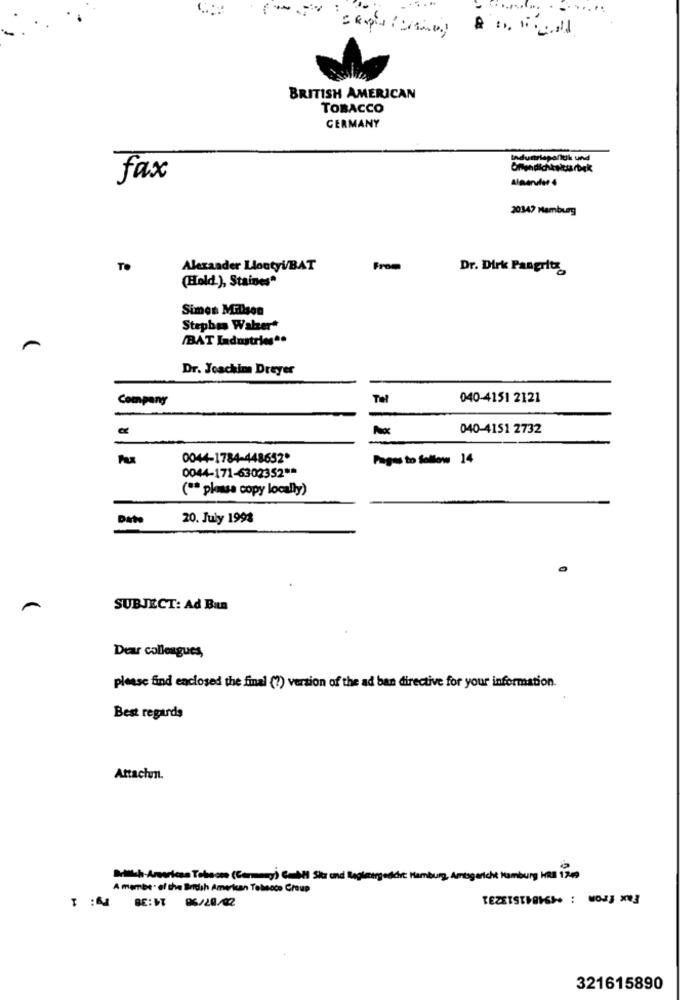
BRITISH AMERICAN
TOBACCO
GERMANY
Industriepalluk und
fax
Alavander 4
20347 Hamburg
TO
Alexander LlontyV/BAT
From
Dr. Dirk Pangrity
(Hold.), Staines"
Simes Millsen
Stephen Walzer
(BAT Ladastring".
Dr. Joachim Dreyer
Company
Tel
040-4151 2121
040-4151 2732
Au
0044-1784-448652*
Pages to follow 14
0044-171-6302352 **
( ** plass copy locally)
Date
20. July 1998
SUBJECT: Ad Bun
Dear colleagues,
please find enclosed the final (?) version of the ad ban directive for your information.
Best regards
Attachun.
Britt ha-Arvoriesa Tekasse (Cannany) Gembil Sk ond Reglenegesch: Hamburg, Arrigericht Hamburg HRB 1249
A memise. of the British American Tellsoce Croup
Fax from : +494841513231
T : BE:ST 96/20/02
321615890